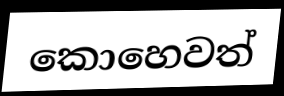
කොහෙවත්